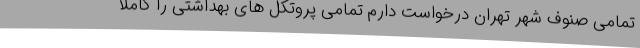
تمامی صنوف شهر تهران درخواست دارم تمامی پروتکل های بهداشتی را کاملا